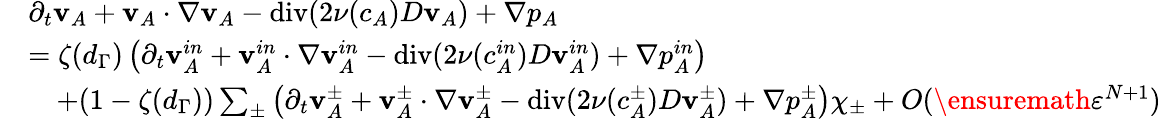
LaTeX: \begin{array}{rl}&{\partial_{t}\mathbf{v}_{A}+\mathbf{v}_{A}\cdot\nabla\mathbf{v}_{A}-\operatorname{div}(2\nu(c_{A})D\mathbf{v}_{A})+\nabla p_{A}}\\ &{=\zeta(d_{\Gamma})\left(\partial_{t}\mathbf{v}_{A}^{in}+\mathbf{v}_{A}^{in}\cdot\nabla\mathbf{v}_{A}^{in}-\operatorname{div}(2\nu(c_{A}^{in})D\mathbf{v}_{A}^{in})+\nabla p_{A}^{in}\right)}\\ &{\quad+(1-\zeta(d_{\Gamma}))\sum_{\pm}\left(\partial_{t}\mathbf{v}_{A}^{\pm}+\mathbf{v}_{A}^{\pm}\cdot\nabla\mathbf{v}_{A}^{\pm}-\operatorname{div}(2\nu(c_{A}^{\pm})D\mathbf{v}_{A}^{\pm})+\nabla p_{A}^{\pm}\right)\chi_{\pm}+O(\ensuremath{\varepsilon}^{N+1})}\end{array}